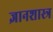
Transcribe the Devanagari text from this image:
ज्ञानशास्त्र